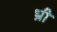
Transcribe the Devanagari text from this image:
भ्री